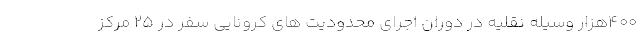
۴۰۰هزار وسیله نقلیه در دوران اجرای محدودیت های کرونایی سفر در ۲۵ مرکز